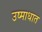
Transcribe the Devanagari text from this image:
उष्माधात